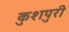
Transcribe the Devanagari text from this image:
कुशपुरी